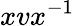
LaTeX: xvx^{-1}